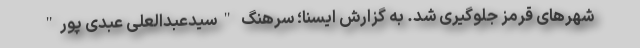
شهرهای قرمز جلوگیری شد. به گزارش ایسنا؛ سرهنگ "سیدعبدالعلی عبدی پور"